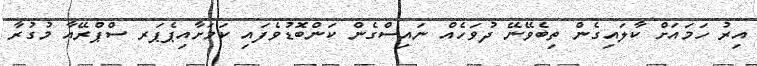
އިރު ހަމައަށް ކާލައިގެން ތިބެވޭނޭ ދުވަހެއް ނައިސްގެން ކަންބޮޑުވެފައި ކަމަށާއިޕެޕަރ ސްޕްރޭއާ މުގުރާ